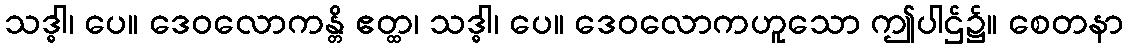
သဒ္ဓါ၊ ပေ။ ဒေဝလောကန္တိ ဧတ္ထ၊ သဒ္ဓါ၊ ပေ။ ဒေဝလောကဟူသော ဤပါဌ်၌။ စေတနာ